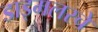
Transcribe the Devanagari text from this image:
डाइमलरचे